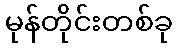
မုန်တိုင်းတစ်ခု